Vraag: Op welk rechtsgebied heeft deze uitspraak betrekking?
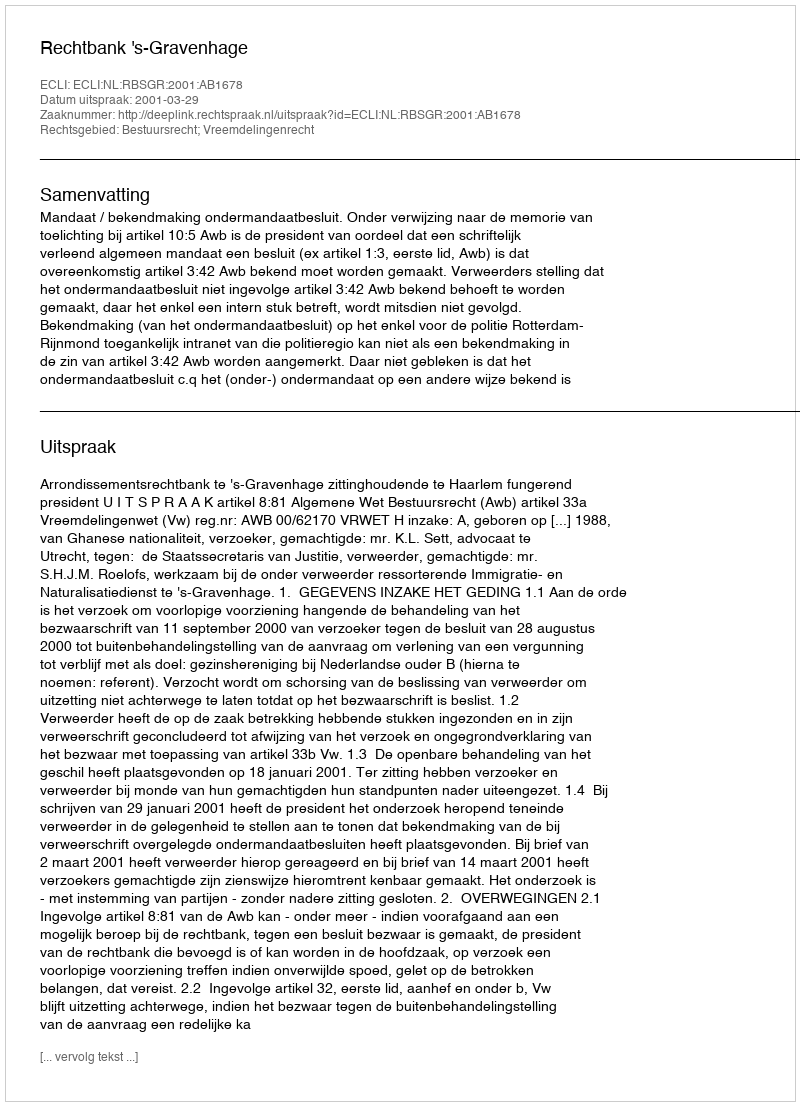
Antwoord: Bestuursrecht; Vreemdelingenrecht